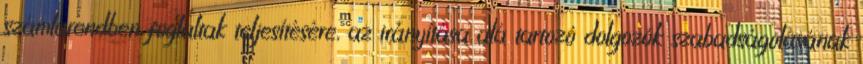
számlarendben foglaltak teljesítésére, az irányítása alá tartozó dolgozók szabadságolásának